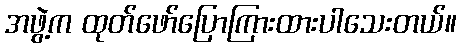
အဖွဲ့က ထုတ်ဖော်ပြောကြားထားပါသေးတယ်။